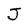
Character: J